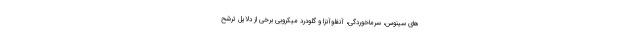
های سینوس، سرماخوردگی، آنفلوآنزا و گلودرد میکروبی برخی از دلایل ترشح